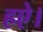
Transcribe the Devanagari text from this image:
हऐ।